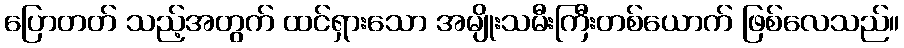
ပြောတတ် သည့်အတွက် ထင်ရှားသော အမျိုးသမီးကြီးတစ်ယောက် ဖြစ်လေသည်။